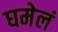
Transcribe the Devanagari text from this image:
घमेलं